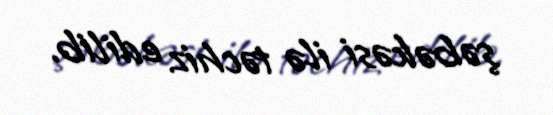
şəbəkəsi ilə təchiz edilib.